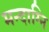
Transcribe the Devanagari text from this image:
मन्‍दाग्नि